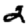
Digit: 2